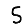
Digit: 5